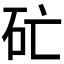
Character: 𥐞